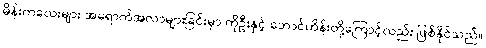
မိန်းကလေးများ အရောက်အလာများခြင်းမှာ ကိုဦးနှင့် ဘောင်ဟိန်းတို့ကြောင့်လည်း ဖြစ်နိုင်သည်။